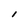
Character: l